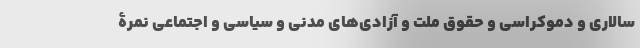
سالاری و دموکراسی و حقوق ملت و آزادی‌های مدنی و سیاسی و اجتماعی نمرۀ